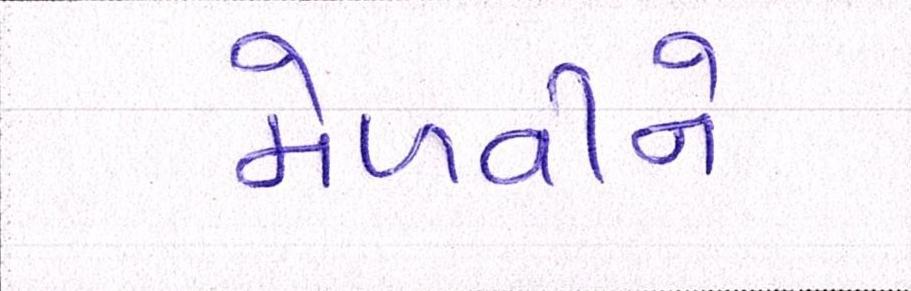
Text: મેળવીને